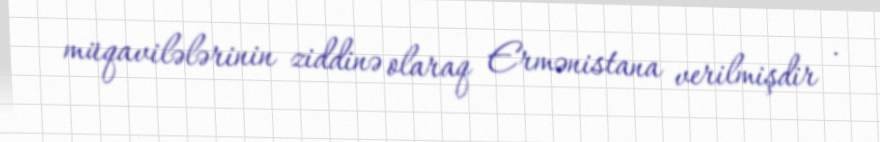
müqavilələrinin ziddinə olaraq Ermənistana verilmişdir .